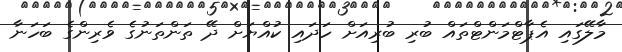
މާލޭގައި އެޕާޓްމަންޓްތައް ބުރި ބުރިއަށް ހަދައި ކުއްޔަށް ދޭ ތަންތަނުގެ ވެރިންގެ ބަހަނާ